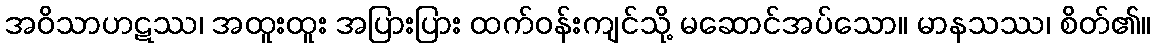
အဝိသာဟဋဿ၊ အထူးထူး အပြားပြား ထက်ဝန်းကျင်သို့ မဆောင်အပ်သော။ မာနသဿ၊ စိတ်၏။